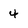
Character: 4